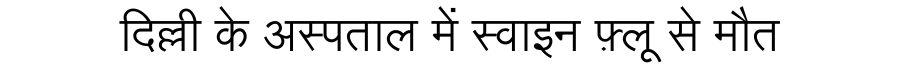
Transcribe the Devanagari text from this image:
दिल्ली के अस्पताल में स्वाइन फ़्लू से मौत